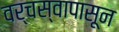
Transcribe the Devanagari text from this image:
वर्चस्वापासून